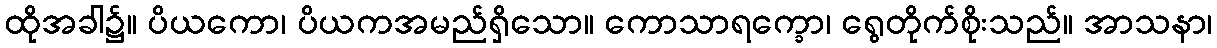
ထိုအခါ၌။ ပိယကော၊ ပိယကအမည်ရှိသော။ ကောသာရက္ခော၊ ရွေတိုက်စိုးသည်။ အာသနာ၊